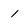
Character: 1